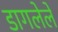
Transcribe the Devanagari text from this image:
डागलेले